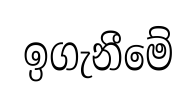
ඉගැනීමේ